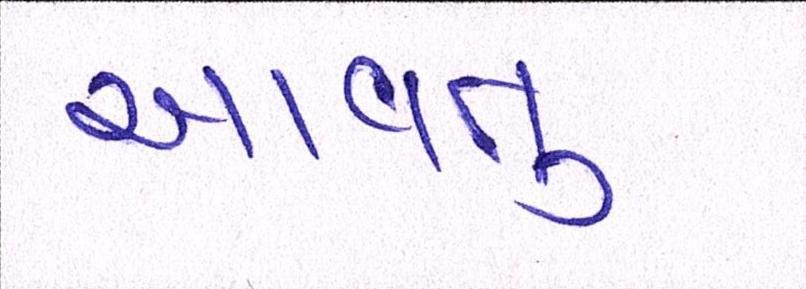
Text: આવતુ